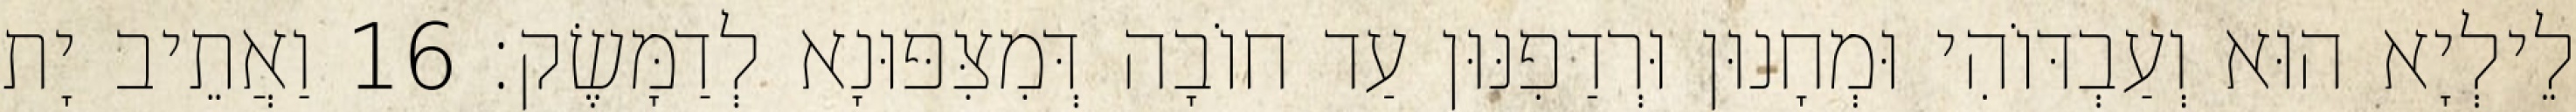
לֵילְיָא הוּא וְעַבְדּוֹהִי וּמְחָנוּן וּרְדַפִנּוּן עַד חוֹבָה דְּמִצִּפּוּנָא לְדַמָּשֶׂק׃ 16 וַאֲתֵיב יָת